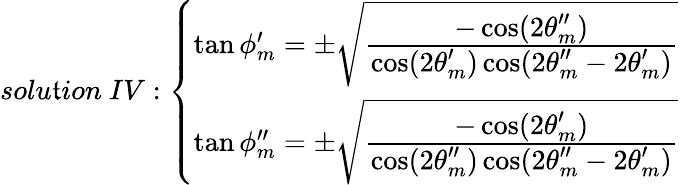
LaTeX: solu\mathfrak{t}ion~IV:\left\{ \begin{array}{l}{{\tan\phi_{m}^{\prime}=\pm\sqrt{{\frac{\displaystyle-\cos(2\theta_{m}^{\prime\prime})}{\displaystyle\cos(2\theta_{m}^{\prime})\cos(2\theta_{m}^{\prime\prime}-2\theta_{m}^{\prime})}}}~}}\\ {{\tan\phi_{m}^{\prime\prime}=\pm\sqrt{{\frac{\displaystyle-\cos(2\theta_{m}^{\prime})}{\displaystyle\cos(2\theta_{m}^{\prime\prime})\cos(2\theta_{m}^{\prime\prime}-2\theta_{m}^{\prime})}}}~}}\end{array}\right.